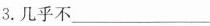
3.几乎不___